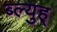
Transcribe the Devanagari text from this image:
ब्ल्युह्